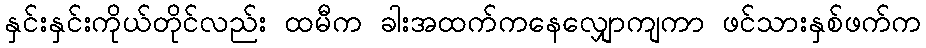
နှင်းနှင်းကိုယ်တိုင်လည်း ထမီက ခါးအထက်ကနေလျှောကျကာ ဖင်သားနှစ်ဖက်က